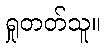
ရှုတတ်သူ။